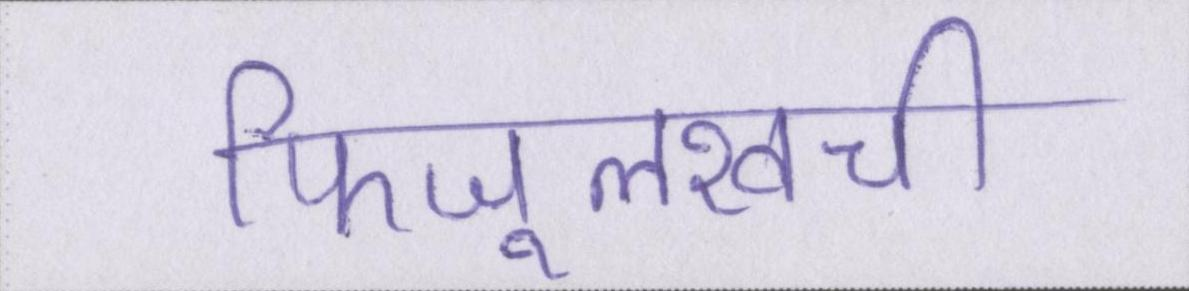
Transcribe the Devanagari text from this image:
फिजूलखर्ची